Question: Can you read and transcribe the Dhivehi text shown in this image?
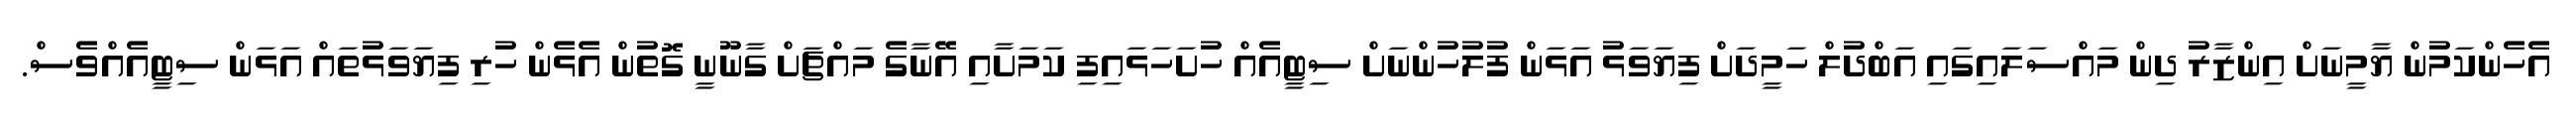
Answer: އެހެންކަމުން ޔާމީނަށް އިންޒާރު ދިން މައްސަލައިގައި އަބްދުލް ހަމީދަށް ފިޔަވަޅު އަޅަން ފުލުހުންނަށް ސިޓީއެއް ހުށަހަޅައިފި ކަމަށާއި އޭނާގެ މައްޗަށް ގާނޫނީ ގޮތުން އެޅެން ހުރި ފިޔަވަޅުތައް އަޅަން ސިޓީއެއްވެސް.